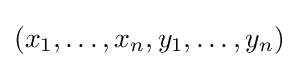
(x_{1},\dotsc ,x_{n},y_{1},\dotsc ,y_{n})